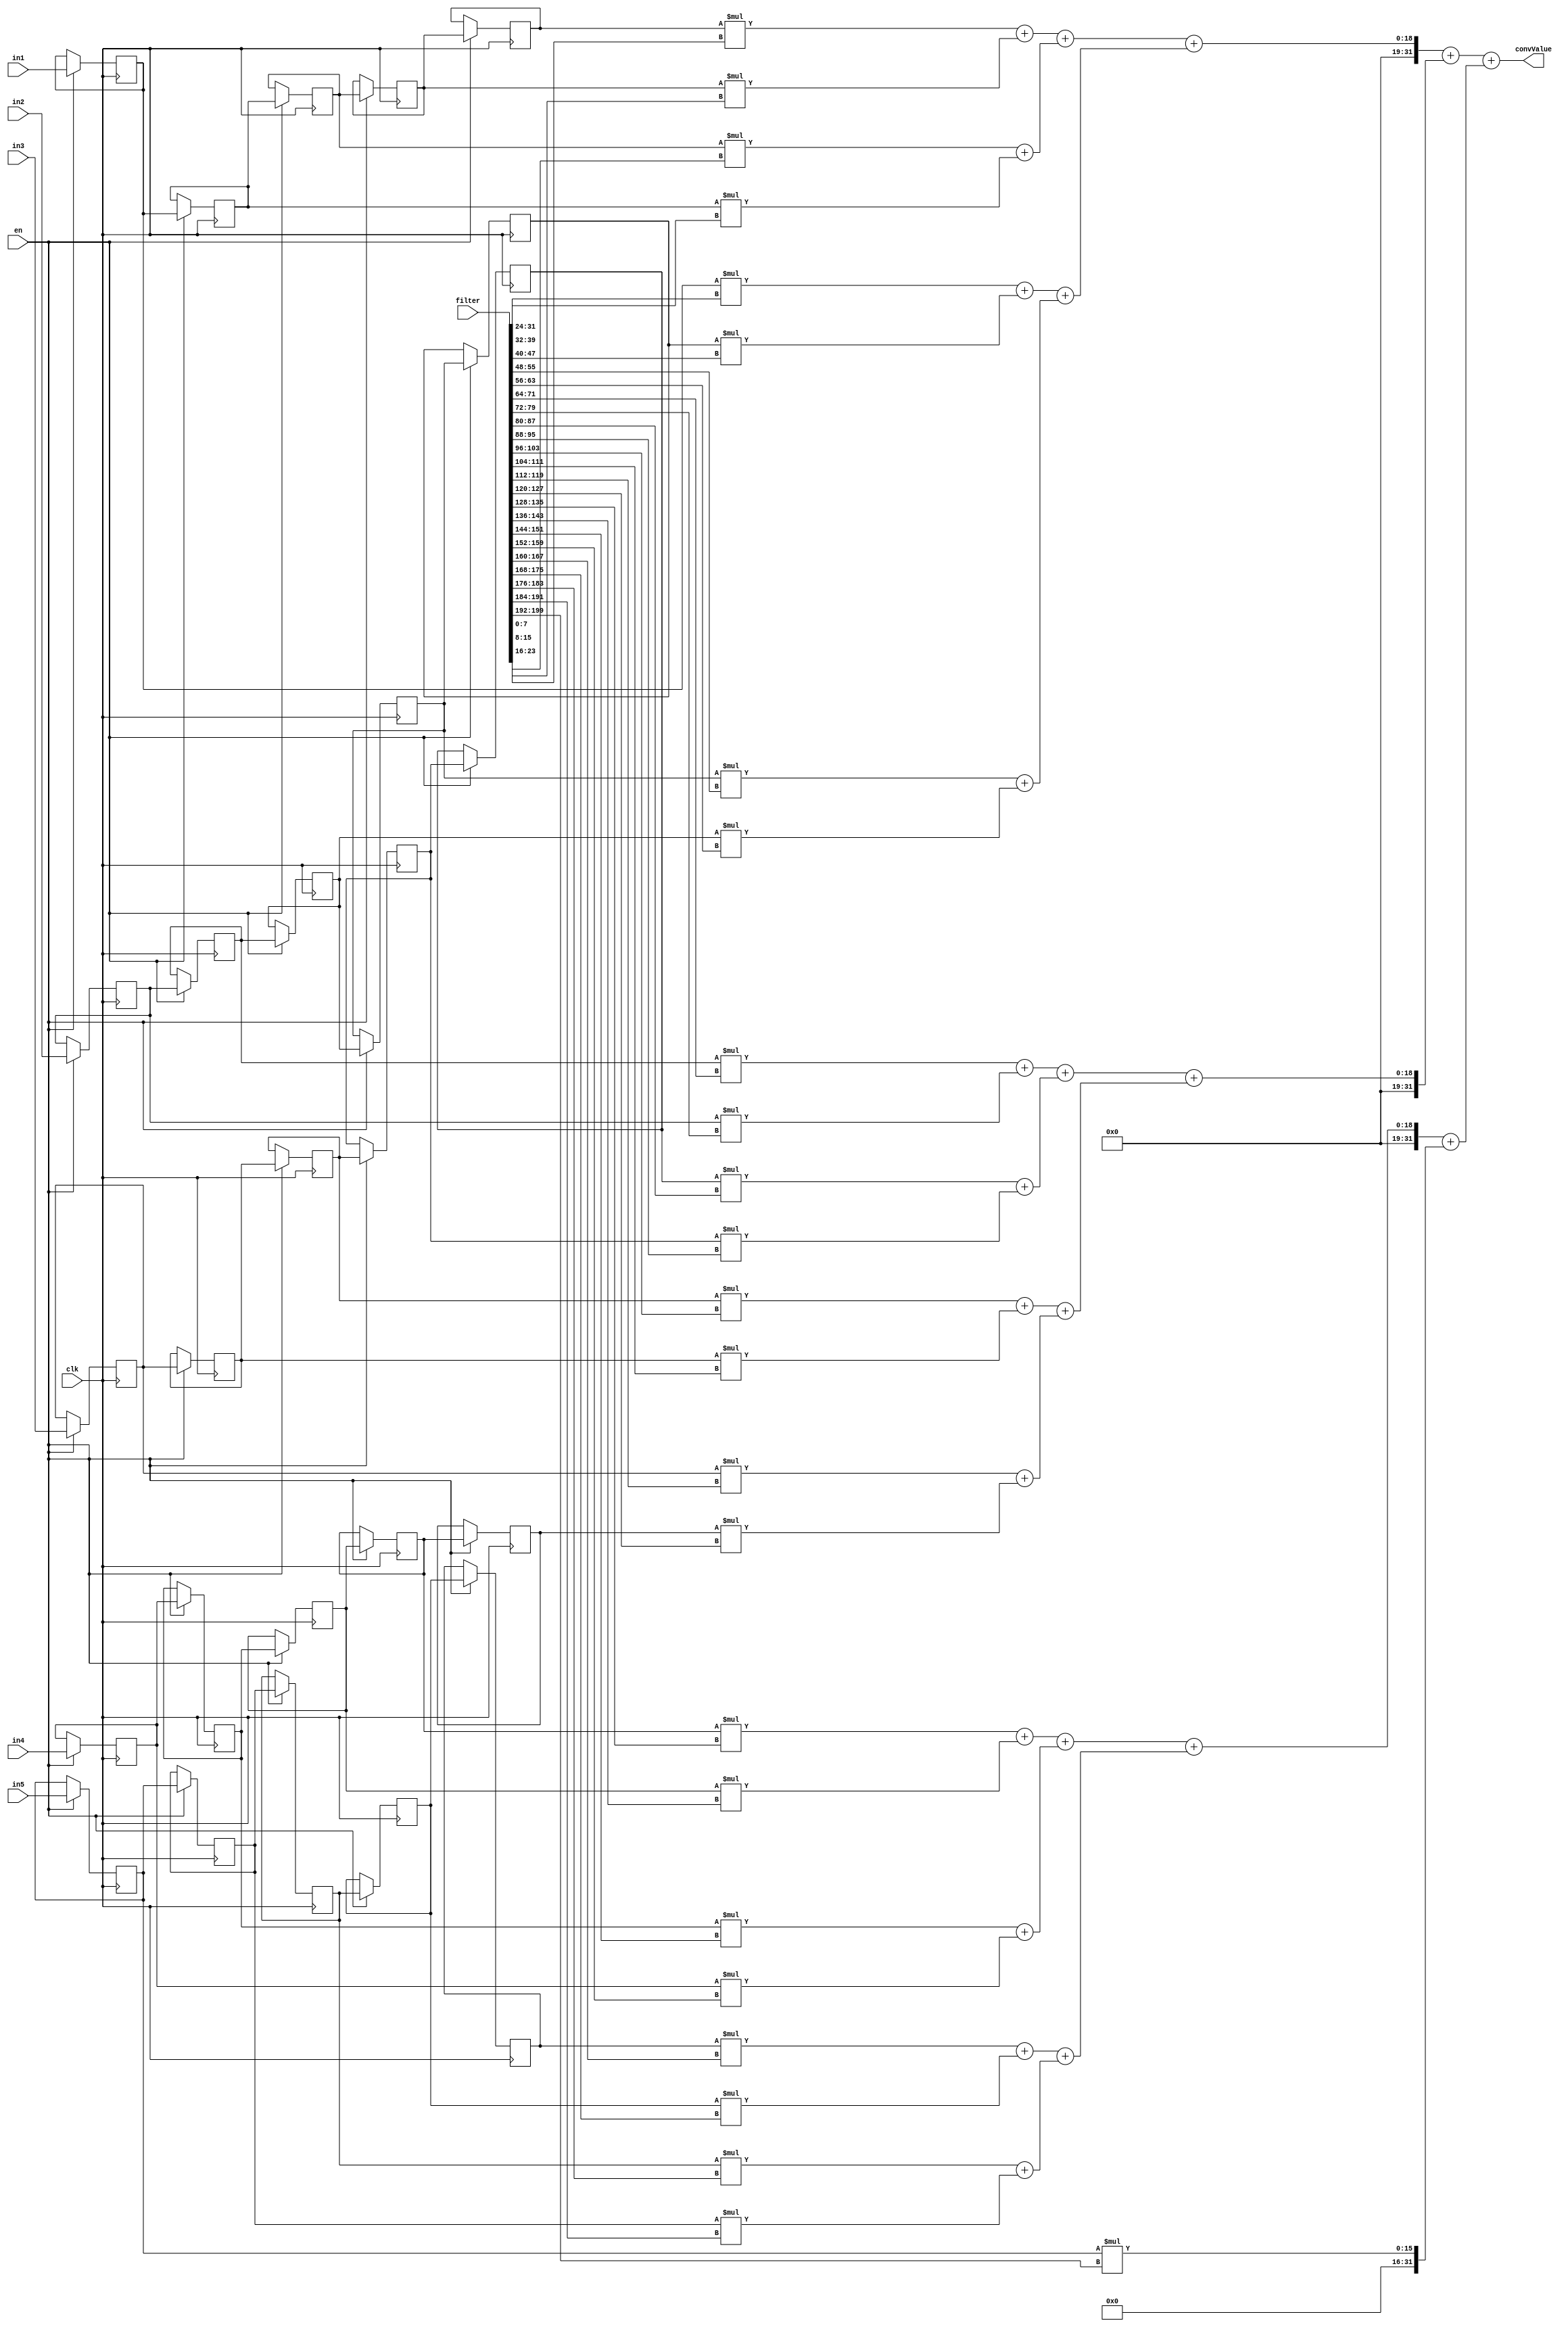
module conv55 #(parameter BIT_WIDTH = 8, OUT_WIDTH = 32) (
		input clk, //rst,
		input en,	// whether to latch or not
		input signed[BIT_WIDTH-1:0] in1, in2, in3, in4, in5,
		input signed[(BIT_WIDTH*25)-1:0] filter,	// 5x5 filter
		//input [BIT_WIDTH-1:0] bias,
		output signed[OUT_WIDTH-1:0] convValue	// size should increase to hold the sum of products
);

reg signed [BIT_WIDTH-1:0] rows[0:4][0:4];
integer i;

always @ (posedge clk) begin
	if (en) begin
		for (i = 4; i > 0; i = i-1) begin
			rows[0][i] <= rows[0][i-1];
			rows[1][i] <= rows[1][i-1];
			rows[2][i] <= rows[2][i-1];
			rows[3][i] <= rows[3][i-1];
			rows[4][i] <= rows[4][i-1];
		end
		rows[0][0] <= in1;
		rows[1][0] <= in2;
		rows[2][0] <= in3;
		rows[3][0] <= in4;
		rows[4][0] <= in5;
	end
end

// multiply & accumulate in 1 clock cycle
wire signed[OUT_WIDTH-1:0] mult55[0:24];
genvar x, y;

// multiplication
generate
	for (x = 0; x < 5; x = x+1) begin : sum_rows	// each row
		for (y = 0; y < 5; y = y+1) begin : sum_columns	// each item in a row
			assign mult55[5*x+y] = rows[x][4-y] * filter[BIT_WIDTH*(5*x+y+1)-1 : BIT_WIDTH*(5*x+y)];
		end
	end
endgenerate

// adder tree
wire signed[OUT_WIDTH-1:0] sums[0:22];	// 25-2 intermediate sums
generate
	// sums[0] to sums[11]
	for (x = 0; x < 12; x = x+1) begin : addertree_nodes0
		assign sums[x] = mult55[x*2] + mult55[x*2+1];
	end
	// sums[12] to sums[17]
	for (x = 0; x < 6; x = x+1) begin : addertree_nodes1
		assign sums[x+12] = sums[x*2] + sums[x*2+1];
	end
	// sums[18] to sums[20]
	for (x = 0; x < 3; x = x+1) begin : addertree_nodes2
		assign sums[x+18] = sums[x*2+12] + sums[x*2+13];
	end
	// sums[21] = sums[18] + sums[19]
	assign sums[21] = sums[18] + sums[19];
	// sums[22] = sums[20] + mult55[24]
	assign sums[22] = sums[20] + mult55[24];
endgenerate

// final sum
assign convValue = sums[21] + sums[22];

endmodule